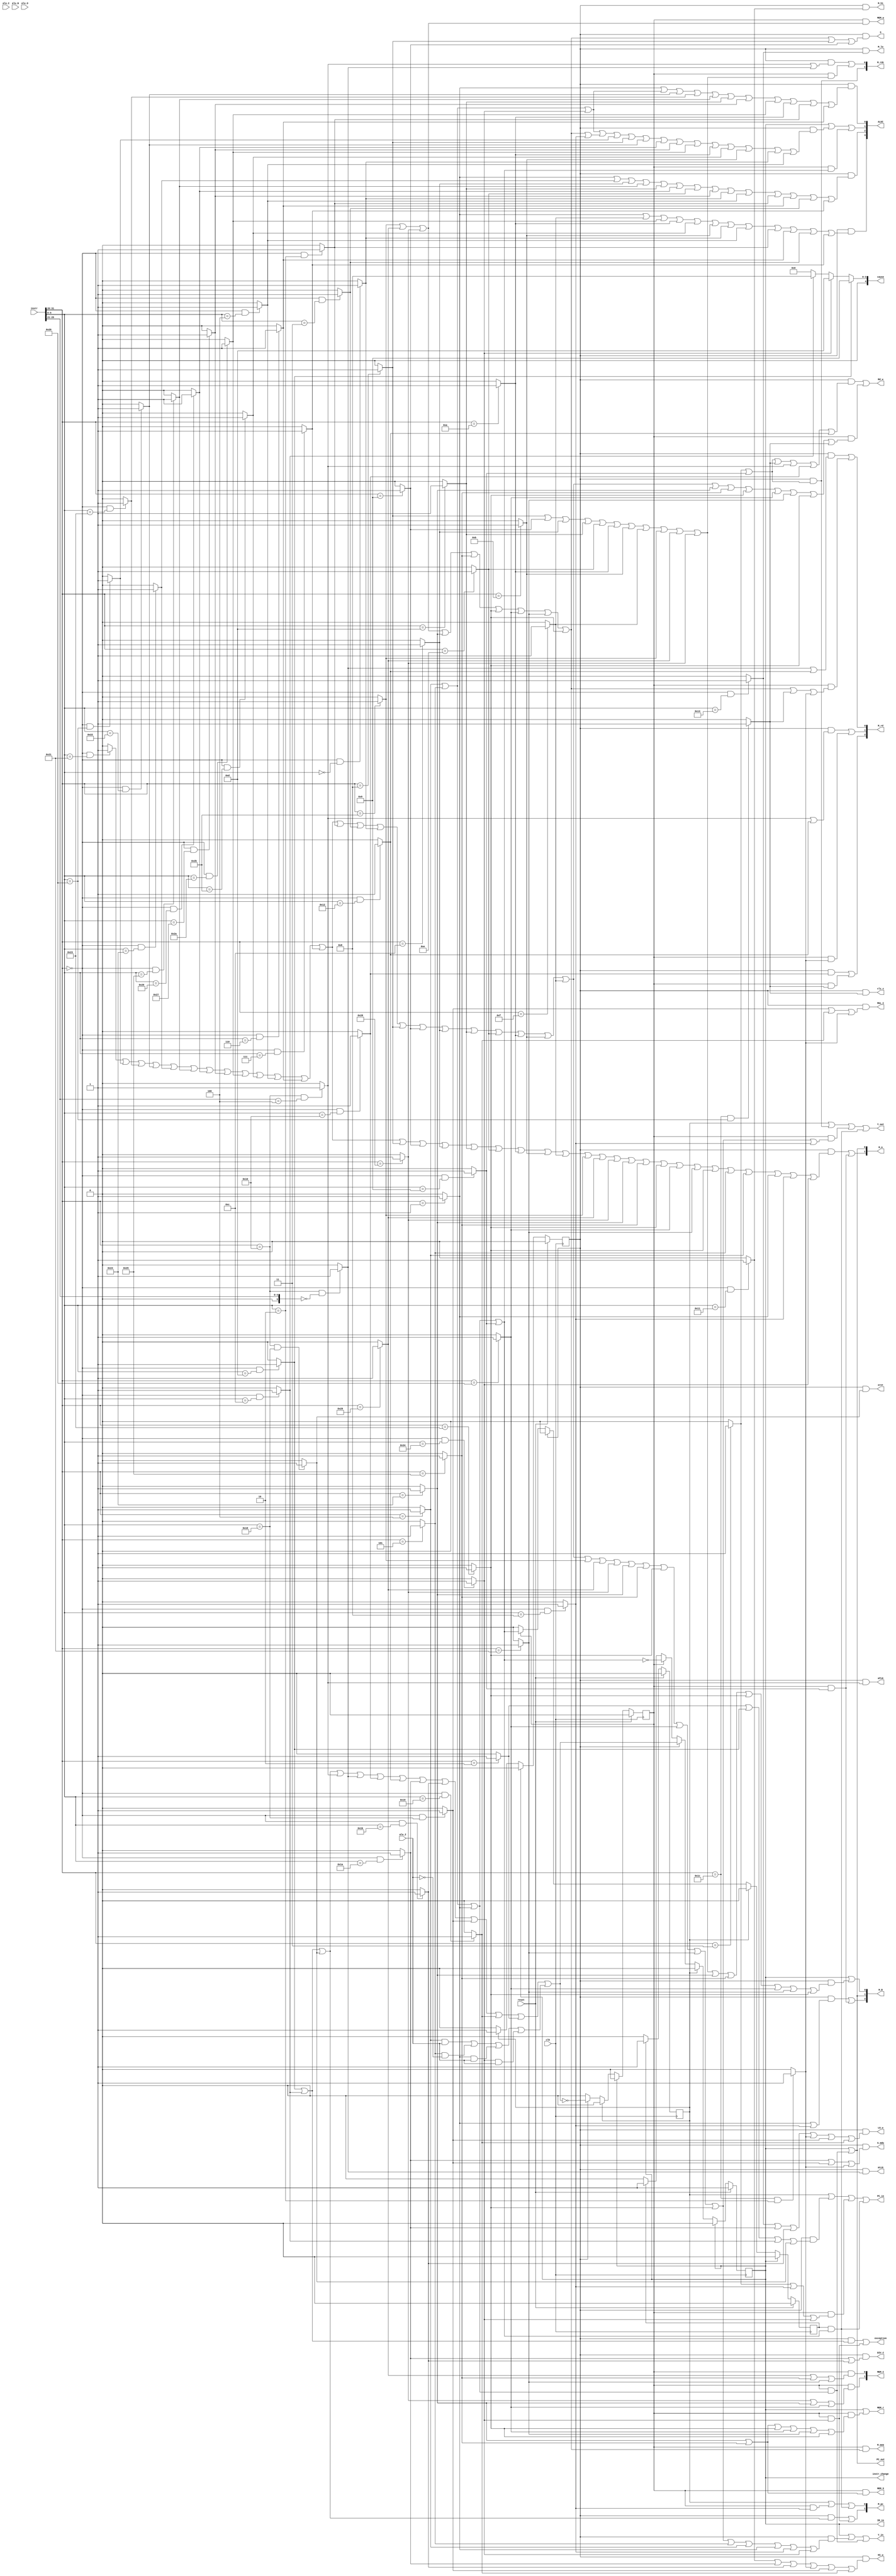
module CONTROLLER(
    input [31:0]instr,
    input clk,
    input alu_Z,
    input alu_C,
    input alu_N,
    input alu_O,
    input reset,   

/*
    there are outputs for controlling ,38bits with 9bits cp0
    alu 9bits with mdu 7bits  won't be used together 
*/ 
    output instr_change,
    output S, 
    
    output [1:0]M_pc,
    output PC_in,
    output PC_out,
    
    output Y_in,
    output Y_out,
    
    output M_mem,
    output MEM_w,
    output MEM_r,
    output MEM_S,
    output [1:0]MEM_C,

    output [1:0]M_A,
    output [2:0]M_B,
    output [3:0]ALUC,

    output [1:0]M_rdc,
    output [2:0]M_rd,
    output Rd_w,
//    output Rs_r,
//    output Rt_r,

    output M_lo,
    output M_hi,
    output LO_w,
    output HI_w,
    output S_mdu,
    output MUL_C,
    output DIV_C,

    output IR_in,
    output clz_c,
    output mfc0,
    output mtc0,
    output eret,
    output exception,
    output [4:0]cause
    
);

//
 parameter 
    CALCU_CODE = 6'b000000,
    INBREAK_CODE = 6'b010000,
    MULT_OP_CODE = 6'b011100,

    SLL_CODE = 6'b000000,
    SRL_CODE = 6'b000010,
    SRA_CODE = 6'b000011,
    SLLV_CODE = 6'b000100,
    SRLV_CODE = 6'b000110,
    SRAV_CODE = 6'b000111,

    JR_CODE = 6'b001000,
    JALR_CODE = 6'b001001,
    SYSCALL_CODE = 6'b001100,
    BREAK_CODE = 6'b001101,

    MFHI_CODE = 6'b010000,
    MFLO_CODE = 6'b010010,
    MTHI_CODE = 6'b010001,
    MTLO_CODE = 6'b010011,

    MULTU_CODE = 6'b011001,
    MULT_CODE = 6'b011000,
    DIV_CODE = 6'b011010,
    DIVU_CODE = 6'b011011,

    ADD_CODE = 6'b100000,
    ADDU_CODE = 6'b100001,
    SUB_CODE = 6'b100010,
    SUBU_CODE = 6'b100011,
    AND_CODE = 6'b100100,
    OR_CODE = 6'b100101,
    XOR_CODE = 6'b100110,
    NOR_CODE = 6'b100111,
    SLT_CODE = 6'b101010,
    SLTU_CODE = 6'b101011,

    TEQ_CODE = 6'b110100,

    ERET_CODE = 6'b011000,
    MTC0_CODE = 5'b00000,
    MFC0_CODE = 5'b00100,
  
    MUL_CODE= 6'b000010,
    CLZ_CODE = 6'b100000,       

    BGEZ_CODE = 6'b000001,
    J_CODE = 6'b000010,
    JAL_CODE = 6'b000011,
    BEQ_CODE = 6'b000100,
    BNE_CODE = 6'b000101,
  
    ADDI_CODE = 6'b001000,
    ADDIU_CODE = 6'b001001,
    SLTI_CODE = 6'b001010,
    SLTIU_CODE = 6'b001011,
    ANDI_CODE = 6'b001100,
    ORI_CODE = 6'b001101,
    XORI_CODE = 6'b001110,
    LUI_CODE = 6'b001111,

    LB_CODE = 6'b100000,
    LH_CODE = 6'b100001,
    LW_CODE = 6'b100011,
    LBU_CODE = 6'b100100,
    LHU_CODE = 6'b100101,

    SB_CODE = 6'b101000,
    SW_CODE = 6'b101011,
    SH_CODE = 6'b101001;


wire [5:0]op,rsc,rtc,rdc,shamt,func;
wire SLL,SRL,SRA,SLLV,SRLV,SRAV,JR,JALR,SYSCALL,BREAK,MFHI,MFLO,
    MTHI,MTLO,MULTU,DIV,DIVU,ADD,ADDU,SUB,SUBU,AND,OR,XOR,NOR,
    SLT,SLTU,TEQ,ERET,MTC0,MFC0,MULT,CLZ,BGEZ,J,JAL,BEQ,BNE,
    ADDI,ADDIU,SLTI,SLTIU,ANDI,ORI,XORI,LUI,LB,LH,LW,LBU,LHU,SB,SW,SH;

    assign op[5:0]= instr[31:26];
    assign rsc[5:0]= instr[25:21];
    assign rtc[5:0]= instr[20:16];
    assign rdc[5:0]= instr[15:11];
    assign shamt[5:0]= instr[10:6];
    assign func[5:0]= instr[5:0];

//
    assign SLL = ((op == CALCU_CODE )&& ( func == SLL_CODE )) ? 1 : 0;
    assign SRL = ((op == CALCU_CODE )&& ( func == SRL_CODE )) ? 1 : 0;
    assign SRA = ((op == CALCU_CODE )&& ( func == SRA_CODE )) ? 1 : 0;
    assign SLLV = ((op == CALCU_CODE )&& ( func == SLLV_CODE )) ? 1 : 0;
    assign SRLV = ((op == CALCU_CODE )&& ( func == SRLV_CODE )) ? 1 : 0;
    assign SRAV = ((op == CALCU_CODE )&& ( func == SRAV_CODE )) ? 1 : 0;

    assign JR = ((op == CALCU_CODE )&& ( func == JR_CODE )) ? 1 : 0;
    assign JALR = ((op == CALCU_CODE )&& ( func == JALR_CODE )) ? 1 : 0;
    assign SYSCALL = ((op == CALCU_CODE )&& ( func == SYSCALL_CODE )) ? 1 : 0;
    assign BREAK = ((op == CALCU_CODE )&& ( func == BREAK_CODE )) ? 1 : 0;

    assign MFHI = ((op == CALCU_CODE )&& ( func == MFHI_CODE )) ? 1 : 0;
    assign MFLO = ((op == CALCU_CODE )&& ( func == MFLO_CODE )) ? 1 : 0;
    assign MTHI = ((op == CALCU_CODE )&& ( func == MTHI_CODE )) ? 1 : 0;
    assign MTLO = ((op == CALCU_CODE )&& ( func == MTLO_CODE )) ? 1 : 0;

    assign MULTU = ((op == CALCU_CODE )&& ( func == MULTU_CODE )) ? 1 : 0;
    assign MULT=((op == CALCU_CODE )&& ( func ==  MULT_CODE)) ? 1 : 0;
    assign DIV = ((op == CALCU_CODE )&& ( func == DIV_CODE )) ? 1 : 0;
    assign DIVU = ((op == CALCU_CODE )&& ( func == DIVU_CODE )) ? 1 : 0;

    assign ADD = ((op == CALCU_CODE )&& ( func == ADD_CODE )) ? 1 : 0;
    assign ADDU = ((op == CALCU_CODE )&& ( func == ADDU_CODE )) ? 1 : 0;
    assign SUB = ((op == CALCU_CODE )&& ( func == SUB_CODE )) ? 1 : 0;
    assign SUBU = ((op == CALCU_CODE )&& ( func == SUBU_CODE )) ? 1 : 0;
    assign AND = ((op == CALCU_CODE )&& ( func == AND_CODE )) ? 1 : 0;
    assign OR = ((op == CALCU_CODE )&& ( func == OR_CODE )) ? 1 : 0;
    assign XOR = ((op == CALCU_CODE )&& ( func == XOR_CODE )) ? 1 : 0;
    assign NOR = ((op == CALCU_CODE )&& ( func == NOR_CODE )) ? 1 : 0;
    assign SLT = ((op == CALCU_CODE )&& ( func == SLT_CODE )) ? 1 : 0;
    assign SLTU = ((op == CALCU_CODE )&& ( func == SLTU_CODE )) ? 1 : 0;

    assign TEQ = ((op == CALCU_CODE )&& ( func ==  TEQ_CODE)) ? 1 : 0;

    assign ERET=((op == INBREAK_CODE )&& ( func ==  ERET_CODE)) ? 1 : 0; 
    assign MTC0=((op == INBREAK_CODE )&& ( rsc ==  MTC0_CODE)) ? 1 : 0; 
    assign MFC0=((op == INBREAK_CODE )&& ( rsc ==  MFC0_CODE)) ? 1 : 0;    
    
    assign MUL=((op == MULT_OP_CODE )&& ( func ==  MUL_CODE)) ? 1 : 0;
    assign CLZ=((op == MULT_OP_CODE )&& ( func ==  CLZ_CODE)) ? 1 : 0;          

    assign BGEZ=(op ==BGEZ_CODE)? 1 : 0;
    assign J=(op ==J_CODE)? 1 : 0;
    assign JAL=(op ==JAL_CODE)? 1 : 0;
    assign BEQ=(op ==BEQ_CODE)? 1 : 0;
    assign BNE=(op ==BNE_CODE)? 1 : 0;
    
    assign ADDI=(op ==ADDI_CODE)? 1 : 0;
    assign ADDIU=(op ==ADDIU_CODE)? 1 : 0;
    assign SLTI=(op ==SLTI_CODE)? 1 : 0;
    assign SLTIU=(op ==SLTIU_CODE)? 1 : 0;
    assign ANDI=(op ==ANDI_CODE)? 1 : 0;
    assign ORI=(op ==ORI_CODE)? 1 : 0;
    assign XORI=(op ==XORI_CODE)? 1 : 0;
    assign LUI=(op ==LUI_CODE)? 1 : 0;

    assign LB=(op ==LB_CODE)? 1 : 0;
    assign LH=(op ==LH_CODE)? 1 : 0;
    assign LW=(op ==LW_CODE)? 1 : 0;
    assign LBU=(op ==LBU_CODE)? 1 : 0;
    assign LHU=(op ==LHU_CODE)? 1 : 0;

    assign SB=(op ==SB_CODE)? 1 : 0;
    assign SW=(op ==SW_CODE)? 1 : 0;
    assign SH=(op ==SH_CODE)? 1 : 0;

//
//
    reg T1,T2,T3,T4,T5;
    
    always @(posedge clk)begin
        if(reset)begin
            T1<=1;
            T2<=0;
            T3<=0;
            T4<=0;
            T5<=0;
        end
        else if(T1)begin
            T1<=0;
            T2<=1;
            T3<=0;
            T4<=0;
            T5<=0;
        end
        else if(T2)begin
            T1<=0;
            T2<=0;
            T3<=1;
            T4<=0;
            T5<=0;
        end
        else if(T3)begin
            T1<=((BREAK|SYSCALL|ERET|MFC0|MTC0|MFHI|MFLO|DIV|DIVU|MULT|MULTU|J) || 
                ((BEQ&&alu_Z!=0)|(BNE&&alu_Z==0)|(BGEZ&&alu_Z!=0)|(TEQ&&alu_Z!=0)));
            T2<=0;
            T3<=0;
            T4<=~((BREAK|SYSCALL|ERET|MFC0|MTC0|MFHI|MFLO|DIV|DIVU|MULT|MULTU|J) || 
                ((BEQ&&alu_Z!=0)|(BNE&&alu_Z==0)|(BGEZ&&alu_Z!=0)|(TEQ&&alu_Z!=0)));
            T5<=0;
        end
        else if(T4)begin
            T1<=~(BEQ|BNE|BGEZ|JALR);
            T2<=0;
            T3<=0;
            T4<=0;
            T5<=(BEQ|BNE|BGEZ|JALR);
        end
        else if(T5)begin
            T1<=1;
            T2<=0;
            T3<=0;
            T4<=0;
            T5<=0;
        end
    end


    assign S=T3&(SW|SH|SB|LBU|LHU|LW|LB|LH|LW|ADDI|ADDIU);
    assign M_pc[0]=T2 || (T4&JR) || (T5&(BNE|BEQ|BGEZ|JALR));
    assign M_pc[1]=T3&(BREAK|SYSCALL|ERET) || (T4&TEQ);
    assign PC_in=T2 || T3&(J|BREAK|SYSCALL|ERET) || T4&(JAL|JR|TEQ) || T5&(BNE|BEQ|BGEZ|JALR);
    assign PC_out= T1 ||T4&(BNE|BEQ|BGEZ);
    assign Y_in=T1 || T3&(ADDU|ADD|SUBU|SUB|AND|OR|XOR|NOR|SLT|SLTU|SLLV|SRLV|SRAV|SRL|SRA|SLL|ADDI|ADDIU|ANDI|ORI|XORI|SLTI|SLTIU|LUI|SW|SH|SB|LBU|LHU|LW|LB|LH|LW|BNE|BEQ|BGEZ|JR|TEQ) ||
                T4&(BNE|BEQ|BGEZ);
    assign Y_out=T2 || T3&(JAL|JALR) || 
                T4&((ADDU|ADD|SUBU|SUB|AND|OR|XOR|NOR|SLT|SLTU|SLLV|SRLV|SRAV|SRL|SRA|SLL|ADDI|ADDIU|ANDI|ORI|XORI|SLTI|SLTIU|LUI|SW|SH|SB|LBU|LHU|LW|LB|LH|LW|JR)) ||
                T5&(BNE|BEQ|BGEZ|JALR);
    assign M_mem=T4&(SW|SH|SB|LBU|LHU|LW|LB|LH|LW);
    assign MEM_w=T4&(SW|SH|SB);
    assign MEM_r=T1 || T4&(LBU|LHU|LW|LB|LH|LW);
    assign MEM_S=T4&(LBU|LHU);
    assign MEM_C[0]=T4&(SH|LHU|LH);
    assign MEM_C[1]=T4&(SB|LBU|LB);
    assign M_A[0]=T1 || T4&(BNE|BEQ|BGEZ);
    assign M_A[1]=T3&(ADDU|ADD|SUBU|SUB|AND|OR|XOR|NOR|SLT|SLTU|SLLV|SRLV|SRAV|ADDI|ADDIU|ANDI|ORI|XORI|SLTI|SLTIU|LUI|SW|SH|SB|LBU|LHU|LW|LB|LH|LW|BNE|BEQ|BGEZ|JR|TEQ) ||
                  T4&JALR;
    assign M_B[0]=T1 || T3&(ADDI|ADDIU|ANDI|ORI|XORI|SLTI|SLTIU|LUI|SW|SH|SB|LBU|LHU|LW|LB|LH|LW);
    assign M_B[1]=T1 || T4&(BNE|BEQ|BGEZ);
    assign M_B[2]=T3&(BGEZ|JR) ||T4&JALR;
    assign ALUC[0]=T3&((BGEZ)|(BNE|BEQ|TEQ)|SUB|SUBU|OR|ORI|NOR|SLT|SLTI|SRL|SRLV);
    assign ALUC[1]=T1 ||T3&((BNE|BEQ|TEQ)|(SW|SH|SB|LBU|LHU|LW|LB|LH|LW|JR)|ADD|ADDI|SUB|XOR|NOR|SLT|SLTI|SLTU|SLTIU|SLL|SLLV) || 
                    T4&(BNE|BEQ|BGEZ|JALR);
    assign ALUC[2]=T3&((BGEZ)|AND|ANDI|OR|ORI|XOR|XORI|NOR|SLL|SLLV|SRL|SRLV|SRA|SRAV);
    assign ALUC[3]=T3&((BGEZ)|LUI|SLT|SLTI|SLTU|SLTIU|SLL|SLLV|SRL|SRLV|SRA|SRAV);
    assign M_rdc[0]=T3&(MFC0|MTC0) || T4&(ADDI|ADDIU|ANDI|ORI|XORI|SLTI|SLTIU|LUI|SW|SH|SB);
    assign M_rdc[1]=T3&(JAL|JALR);
    assign M_rd[0]=T3&(MTC0|MFLO) || T4&(SW|SH|SB|LBU|LHU|LW|LB|LH|LW|CLZ|MUL);
    assign M_rd[1]=T3&(MFC0|MFLO) || T4&MUL;
    assign M_rd[2]=T3&MFHI || T4&CLZ;
    assign Rd_w=T3&(JAL|JALR|CLZ|MFC0|MFHI|MFLO) || 
                T4&(ADDU|ADD|SUBU|SUB|AND|OR|XOR|NOR|SLT|SLTU|SLLV|SRLV|SRAV|SRL|SRA|SLL|ADDI|ADDIU|ANDI|ORI|XORI|SLTI|SLTIU|LUI|LBU|LHU|LW|LB|LH|LW|CLZ);
    //assign Rs_r=
    //assign Rt_r=
    assign M_lo=T3&MTLO;
    assign M_hi=T3&MTHI;
    assign LO_w=T3&(MTLO|DIV|DIVU|MUL|MULT|MULTU);
    assign HI_w=T3&(MTHI|DIV|DIVU|MUL|MULT|MULTU);
    assign S_mdu=T3&(DIV|MULT|MUL);
    assign MUL_C=T3&(MULT|MULTU|MUL);
    assign DIV_C=T3&(DIV|DIVU);
    assign IR_in=T1;
    assign clz_c=T3&CLZ;

    assign mfc0= T3&MFC0;
    assign mtc0= T3&MTC0;
    assign eret= T3&ERET;
    assign exception= T3&(SYSCALL|BREAK) || T4&TEQ;
    assign cause=(BREAK)?5'b01001 :(
                (TEQ)?5'b01101 :(
                 (SYSCALL)?5'b01000 : 5'b00000 ));

    assign instr_change=T1;

endmodule